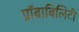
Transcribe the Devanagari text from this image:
प्रॉबाबिलिटी